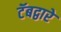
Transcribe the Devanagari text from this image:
टॅबद्वारे